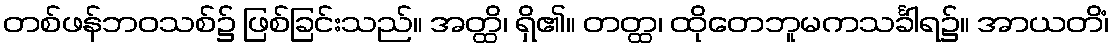
တစ်ဖန်ဘဝသစ်၌ ဖြစ်ခြင်းသည်။ အတ္ထိ၊ ရှိ၏။ တတ္ထ၊ ထိုတေဘူမကသင်္ခါရ၌။ အာယတိံ၊